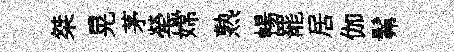
桀晃茅犖嫦熟暢罷居伽髴